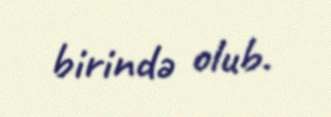
birində olub.